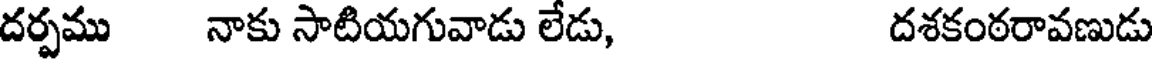
దర్పము నాకు సాటియగువాడు లేడు, దశకంఠరావణుడు